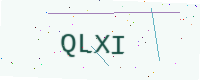
Text: QLXI